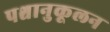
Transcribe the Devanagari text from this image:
पश्चानुकूलन